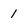
Character: 1